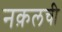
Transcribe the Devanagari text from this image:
नक़लची